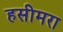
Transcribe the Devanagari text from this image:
हसीमरा